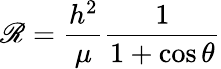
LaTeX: \mathscr{R}={\frac{{h^{2}}}{{\mu}}}{\frac{{1}}{{1+\cos\theta}}}